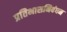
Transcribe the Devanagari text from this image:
प्रतिभासनिबंधन